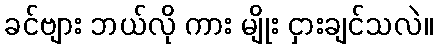
ခင်ဗျား ဘယ်လို ကား မျိုး ငှားချင်သလဲ။